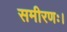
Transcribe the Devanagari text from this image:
समीरणः।